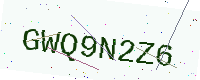
Text: GWQ9N2Z6